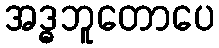
အဒ္ဓဘူတောပေ